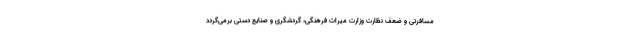
مسافرتی و ضعف نظارت وزارت میراث فرهنگی، گردشگری و صنایع دستی برمی‌گردد